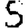
Digit: 5